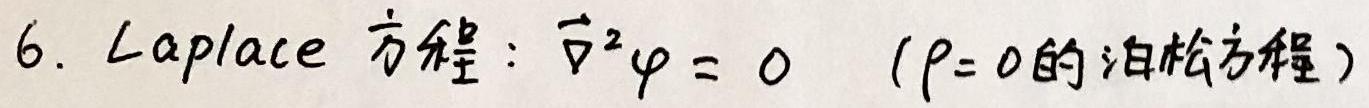
6. Laplace 方程：$\nabla^{2}\varphi = 0$ （$\rho = 0$的泊松方程）